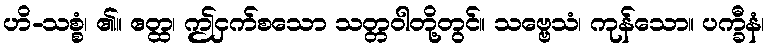
ဟိ-သစ္စံ၊ ၏။ ဧတ္ထ၊ ဤငှက်စသော သတ္တဝါတို့တွင်။ သဗ္ဗေသံ၊ ကုန်သော။ ပက္ခီနံ၊